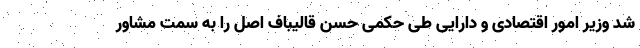
شد وزیر امور اقتصادی و دارایی طی حکمی حسن قالیباف اصل را به سمت مشاور